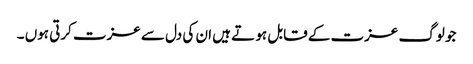
جو لوگ عزت کے قابل ہو تے ہیں ان کی دل سے عزت کرتی ہوں ۔